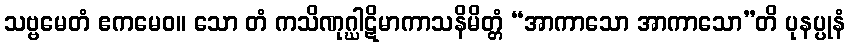
သဗ္ဗမေတံ ဧကမေဝ။ သော တံ ကသိဏုဂ္ဃါဋိမာကာသနိမိတ္တံ “အာကာသော အာကာသော”တိ ပုနပ္ပုနံ